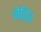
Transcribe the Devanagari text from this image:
जेविर